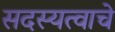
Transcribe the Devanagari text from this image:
सदस्यत्वाचे